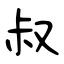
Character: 叔